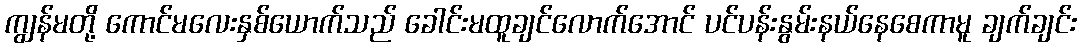
ကျွန်မတို့ ကောင်မလေးနှစ်ယောက်သည် ခေါင်းမထူချင်လောက်အောင် ပင်ပန်းနွမ်းနယ်နေစေကာမူ ချက်ချင်း